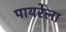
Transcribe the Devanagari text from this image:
पायरेला